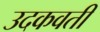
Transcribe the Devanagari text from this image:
उदकवती